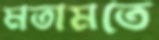
মতামতে